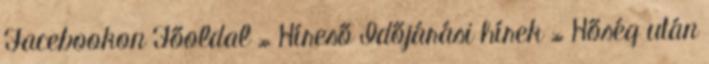
Facebookon Főoldal » Híreső Időjárási hírek » Hőség után